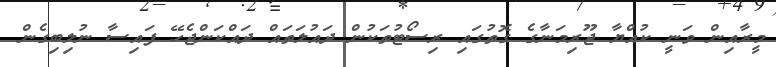
މީރާއިން ވަނީ ކުއްޔާ ޖޫރިމަނާގެ ގޮތުގައި ރިސޯޓުތަކުން ދައުލަތައް ދައްކަންޖެހޭ ފައިސާ ނުލިބިގެން